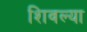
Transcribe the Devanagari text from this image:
शिवल्या